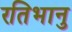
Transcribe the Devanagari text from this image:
रतिभानु